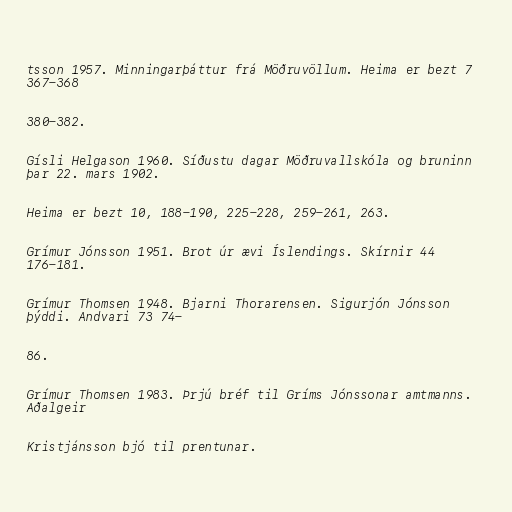
tsson 1957. Minningarþáttur frá Möðruvöllum. Heima er bezt 7
367-368

380-382.

Gísli Helgason 1960. Síðustu dagar Möðruvallskóla og bruninn
þar 22. mars 1902.

Heima er bezt 10, 188-190, 225-228, 259-261, 263.

Grímur Jónsson 1951. Brot úr ævi Íslendings. Skírnir 44
176-181.

Grímur Thomsen 1948. Bjarni Thorarensen. Sigurjón Jónsson
þýddi. Andvari 73 74-

86.

Grímur Thomsen 1983. Þrjú bréf til Gríms Jónssonar amtmanns.
Aðalgeir

Kristjánsson bjó til prentunar.